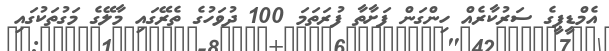
އެމްޑީޕީގެ ސަރުކާރެއް ހިންގަން ފަށާތާ ފުރަތަމަ 100 ދުވަހުގެ ތެރޭގައި މާލޭގެ މަގުތަކުގައި